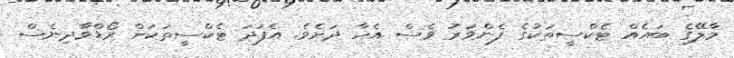
މާލޭގެ ބައެއް ޓެކްސީތަކުގެ ފެންވަރު ވެސް އެހާ ދަށެވެ. އެފަދަ ޓެކްސީތަކަށް ރޯޑްވާދިނެސް